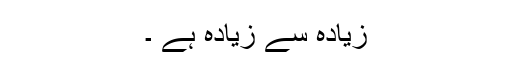
زیادہ سے زیادہ ہے ۔